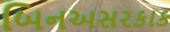
બિનઅસરકાક